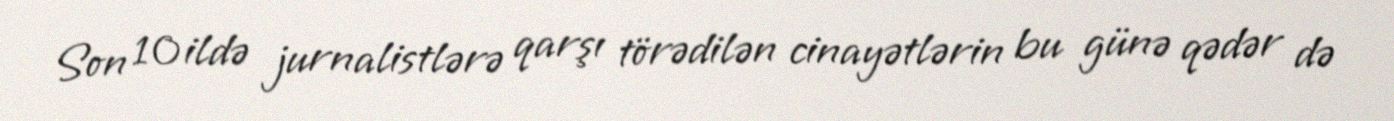
Son 10 ildə jurnalistlərə qarşı törədilən cinayətlərin bu günə qədər də